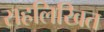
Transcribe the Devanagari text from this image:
सहलिखित